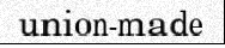
union-made